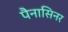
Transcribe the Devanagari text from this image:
पैनासिनर